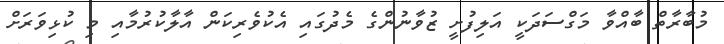
މުބާރާތް ބާއްވާ މަގްސަދަކީ އަލިފުށީ ޒުވާނުންގެ މެދުގައި އެކުވެރިކަން އާލާކުރުމާއި މި ކުޅިވަރަށް